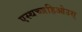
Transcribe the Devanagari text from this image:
एस्थच्जहिओउस्